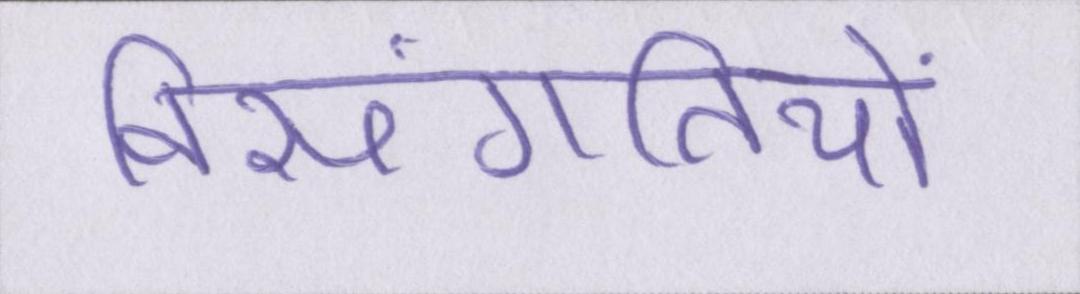
विसंगतियों